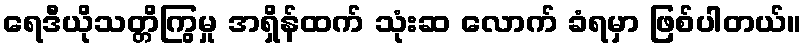
ရေဒီယိုသတ္တိကြွမှု အရှိန်ထက် သုံးဆ လောက် ခံရမှာ ဖြစ်ပါတယ်။